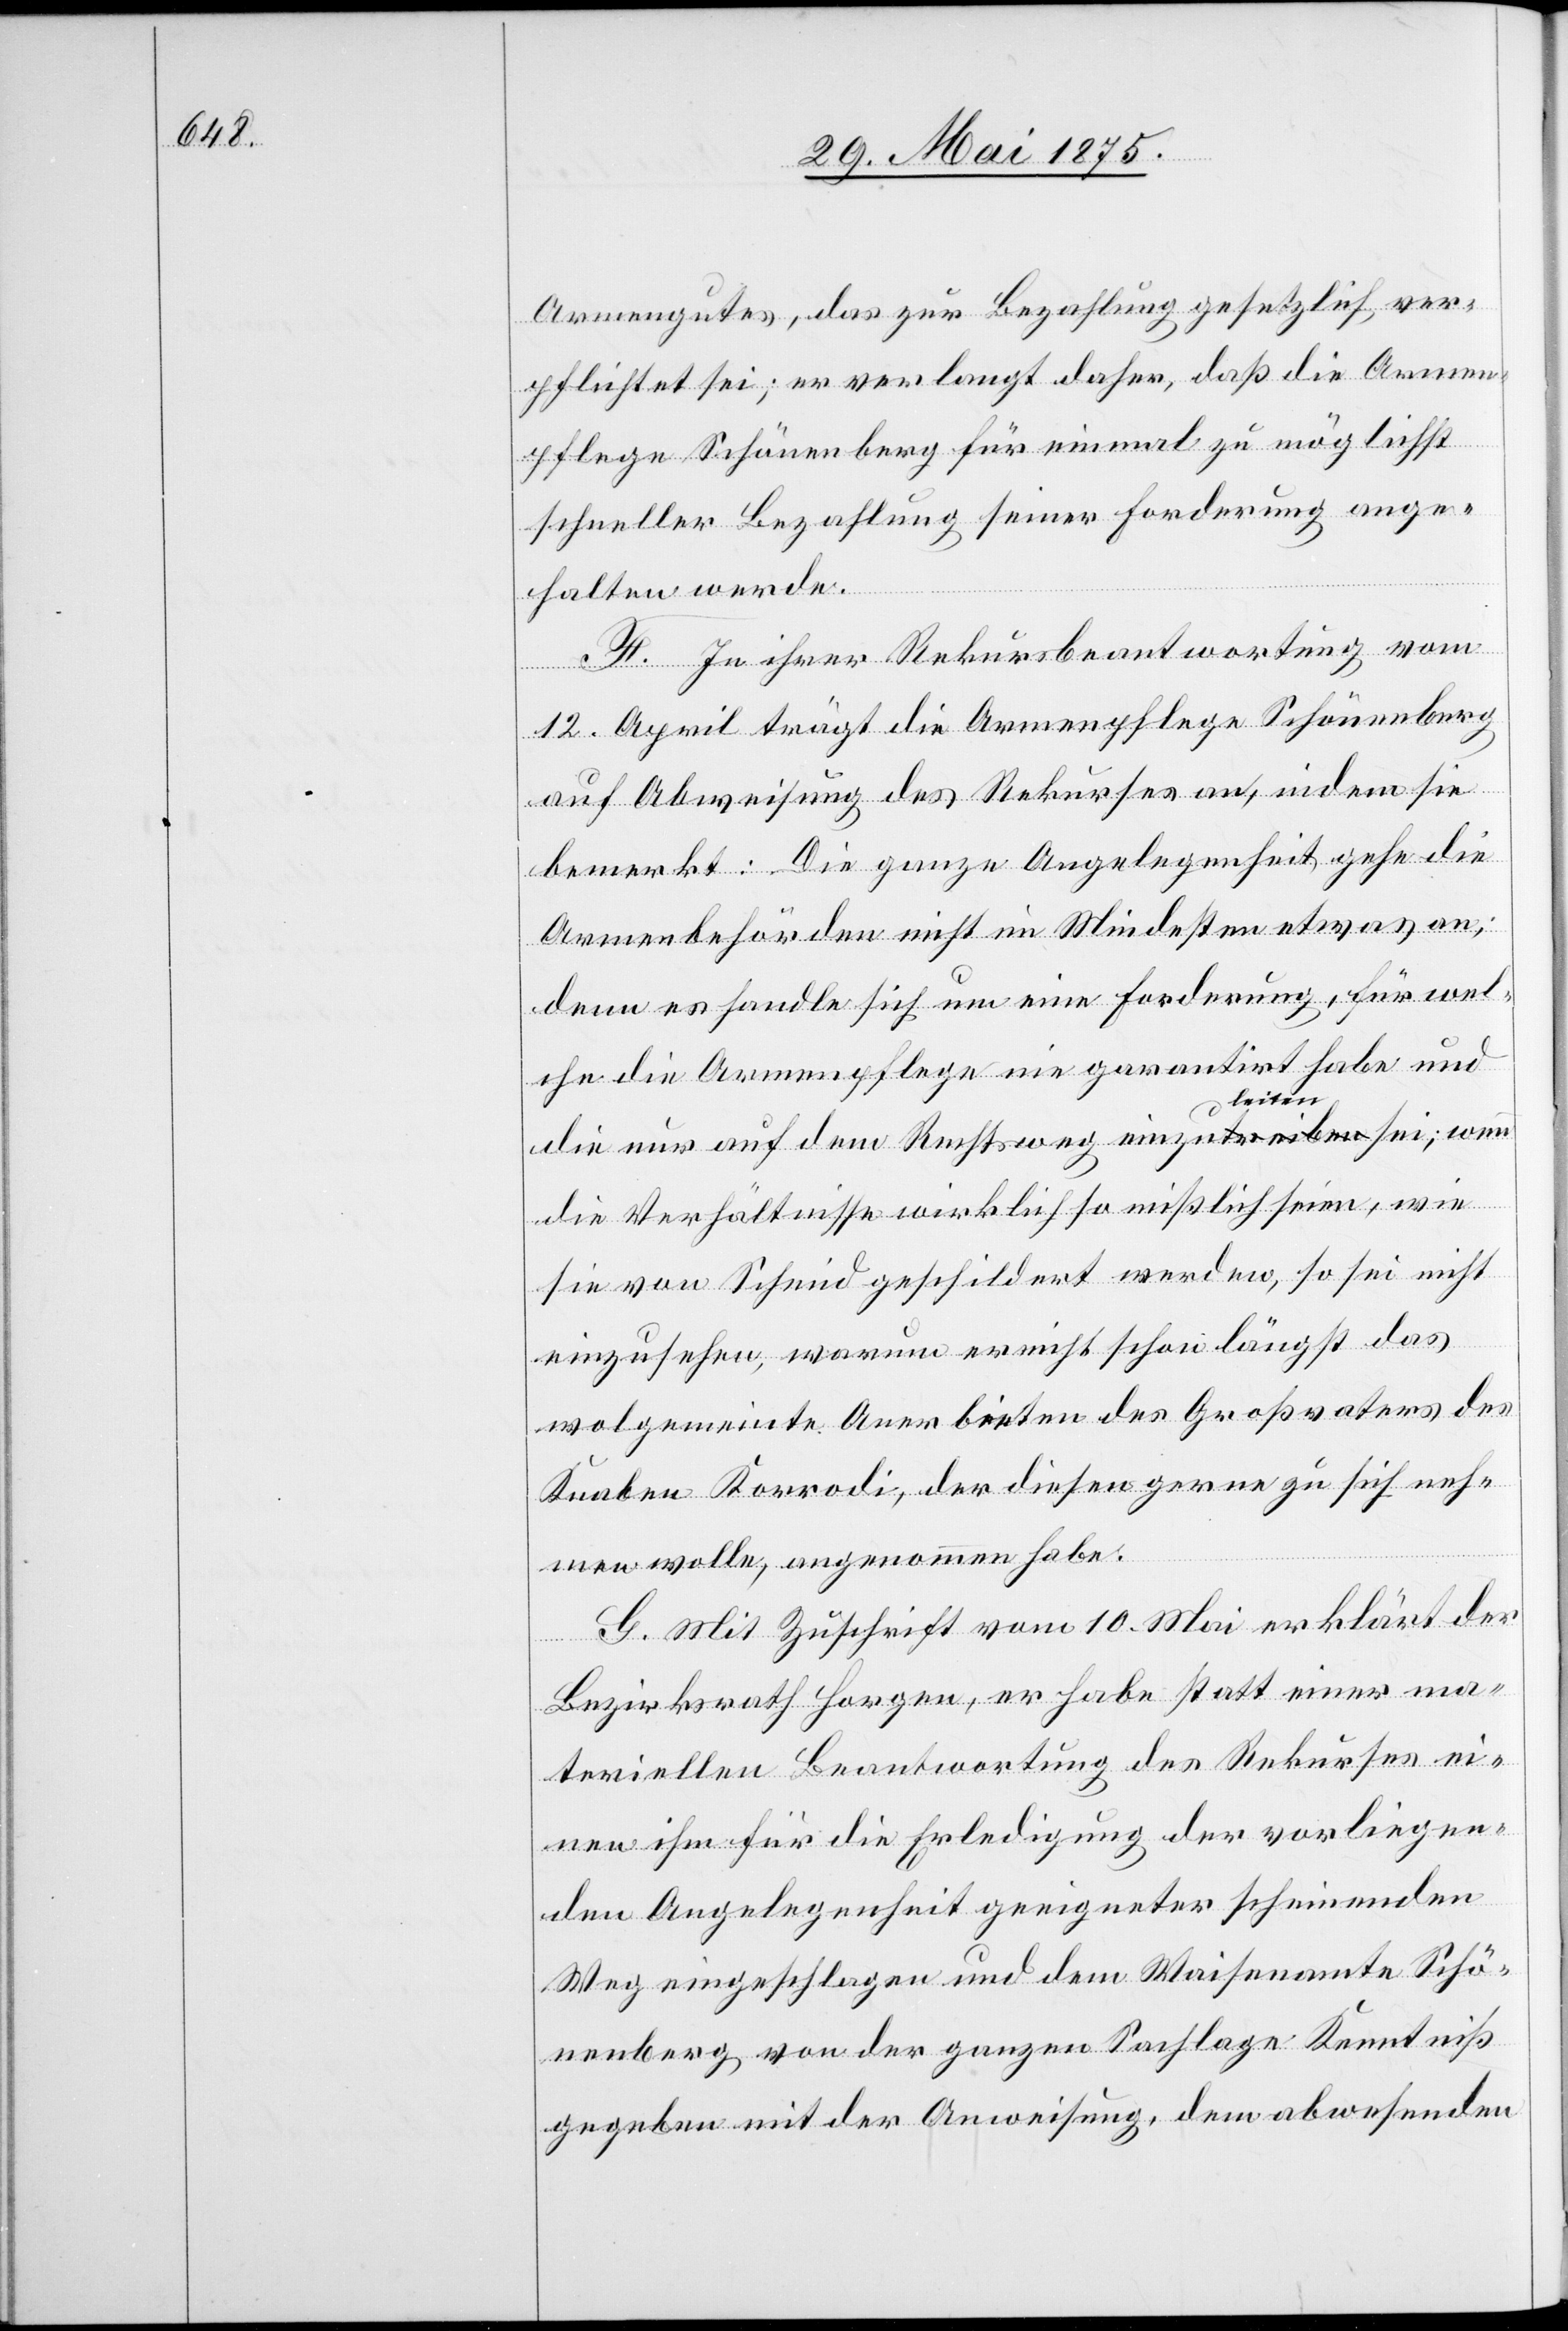
Armengutes, das zur Bezahlung gesetzlich ver¬
pflichtet sei; er verlangt daher, daß die Armen¬
pflege Schönenberg für einmal zu möglichst
schneller Bezahlung seiner Forderung ange¬
halten werde.
F. In ihrer Rekursbeantwortung vom
12. April trägt die Armenpflege Schönenberg
auf Abweisung des Rekurses an, indem sie
bemerkt: Die ganze Angelegenheit gehe die
Armenbehörde nicht im Mindesten etwas an;
denn es handle sich um eine Forderung, für wel¬
che die Armenpflege nie garantiert habe und
die nur auf dem Rechtsweg einzuleiten sei, wenn
die Verhältnisse wirklich so mißlich seien, wie
sie von Schmid geschildert werden, so sei nicht
einzusehen, warum es nicht schon längst das
wol gemeinte Anerbieten des Großvaters des
Knaben Korradi, der diesen gerne zu sich neh¬
men wolle, angenommen habe.
G. Mit Zuschrift vom 10. Mai erklärt der
Bezirksrath Horgen, er habe statt einer ma¬
teriellen Beantwortung des Rekurses ei¬
nen ihm für die Erledigung der vorliegen¬
den Angelegenheit geeigneter scheinenden
Weg eingeschlagen und dem Waisenamte Schö¬
nenberg von der ganzen Sachlage Kenntniß
gegeben mit der Anweisung, dem abwesenden